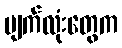
မျက်လုံးတွေက